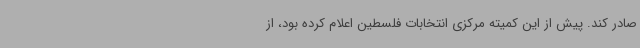
صادر کند. پیش از این کمیته مرکزی انتخابات فلسطین اعلام کرده بود، از